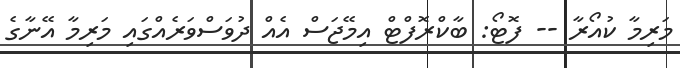
މަރިމާ ކުއޯރާ -- ފޮޓޯ: ބާކްރޮފްޓް އިމޭޖަސް އެއް ދުވަސްވަރެއްގައި މަރިމާ އޭނާގެ